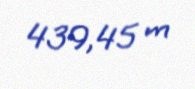
439,45 m